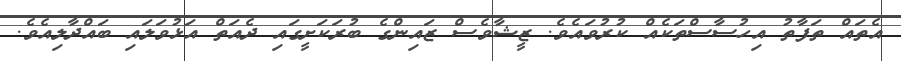
އެތައް ތަފާތު އިހުސާސްތަކެއް ކުރުވައެވެ. ޒީޝާވެސް ޒައިންގެ ބުރަކަށީގައި ދެއަތް އަޅުވަލައި ބައްދާލިއެވެ.